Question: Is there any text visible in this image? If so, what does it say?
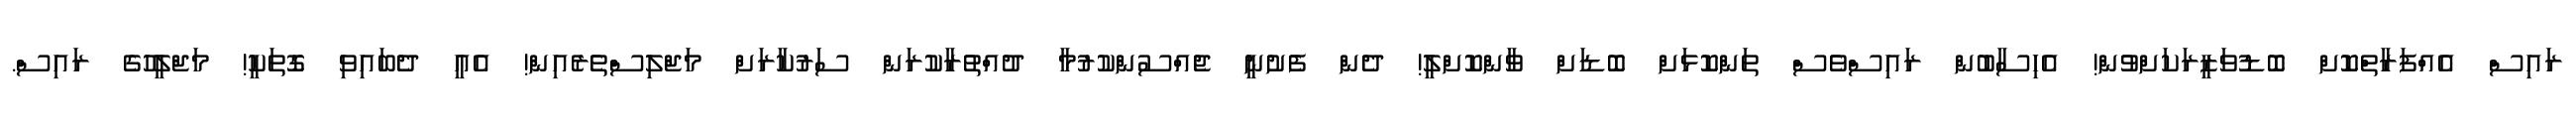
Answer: ރައިސް އެއްފަރާތްކޮށް ބޮޑުވަޒީރަކަށްވުން! އެހިސާބުން ރައިސްވެސް ތަންކޮޅަށް ބޮޑަށް ވާންކޮށްލީ! ދެން ފެށުނީ ޖެއްސުންކުރުމާ ދުއްތުރާކުރަން ސަރުކާރަށް މަޖްލިސްތެރެއިން! އެއީ ދެބައިވި ގޮތަކީ! މަޖްލީހުގެ ރައިސް.